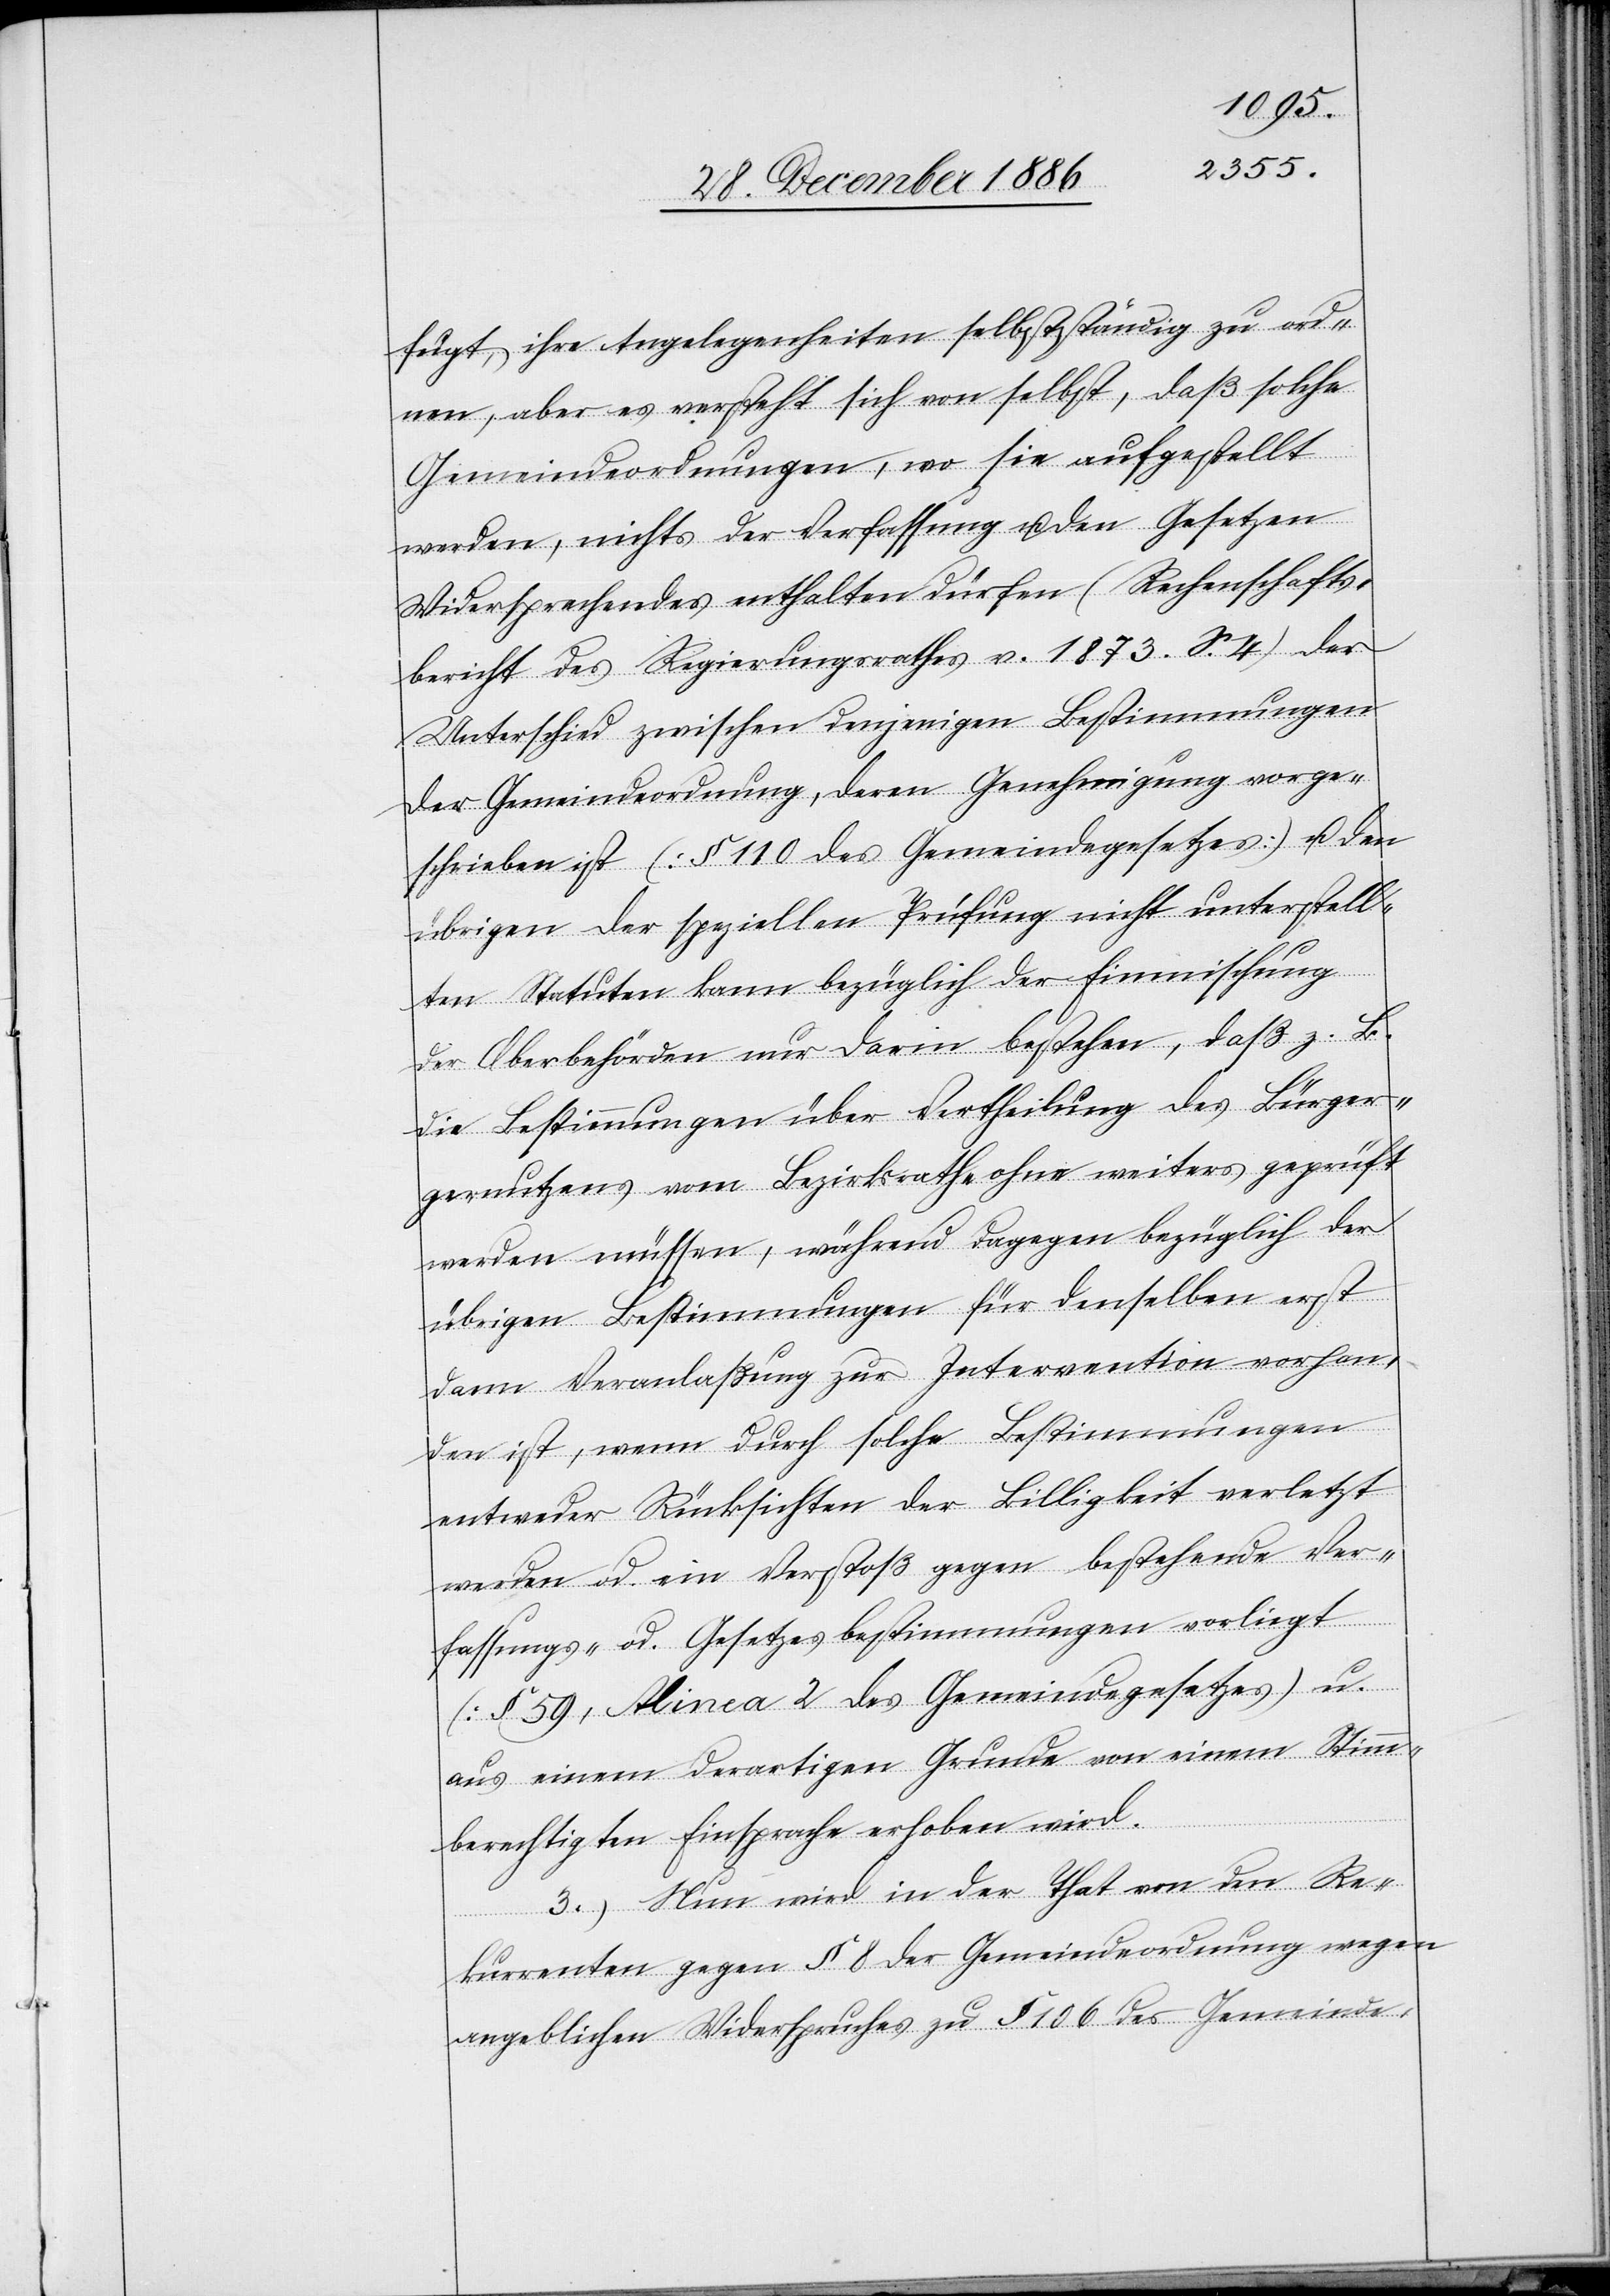
fugt, ihre Angelegenheiten selbstständig zu ord¬
nen, aber es versteht sich von selbst, daß solche
Gemeindeordnungen, wo sie aufgestellt
werden, nichts der Verfassung u. den Gesetzen
Widersprechendes enthalten dürfen (Rechenschafts¬
bericht des Regierungsrathes v. 1873. S. 4). Der
Unterschied zwischen denjenigen Bestimmungen
der Gemeindeordnung, deren Genehmigung vorge¬
schrieben ist (§ 110 des Gemeindegesetzes) u. den
übrigen der speziellen Prüfung nicht unterstell¬
ten Statuten kann bezüglich der Einmischung
B.
der Oberbehörden nur darin bestehen, daß z.
die Bestimmungen über Vertheilung des Bürge¬
rnutzens vom Bezirksrathe ohne weiters geprüft
werden müssen, während dagegen bezüglich der
übrigen Bestimmungen für denselben erst
dann Veranlaßung zur Intervention vorhan¬
den ist, wenn durch solche Bestimmungen
entweder Rücksichten der Billigkeit verletzt
werden od. ein Verstoß gegen bestehende Ver¬
fassungs- od. Gesetzesbestimmungen vorliegt
(§ 59, Alinea 2 des Gemeindegesetzes) u.
aus einem derartigen Grunde von einem Stimm¬
berechtigten Einsprache erhoben wird.
3.) Nun wird in der That von den Re¬
kurrenten gegen § 8 der Gemeindeordnung wegen
angeblichen Widerspruches zu § 106 des Gemeinde-